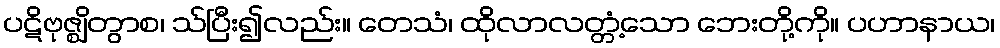
ပဋိဗုဇ္ဈိတွာစ၊ သ်ပြီး၍လည်း။ တေသံ၊ ထိုလာလတ္တံ့သော ဘေးတို့ကို။ ပဟာနာယ၊